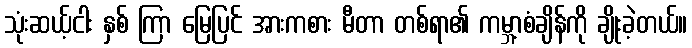
သုံးဆယ့်ငါး နှစ် ကြာ မြေပြင် အားကစား မီတာ တစ်ရာ၏ ကမ္ဘာ့စံချိန်ကို ချိုးခဲ့တယ်။